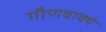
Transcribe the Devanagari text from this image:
गौणवाक्ये